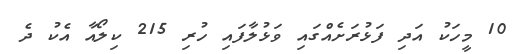
10 މީހަކު އަދި ފަޅުރަށެއްގައި ވަޅުލާފައި ހުރި 215 ކިލޯއާ އެކު ދެ